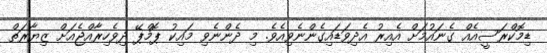
ޑިމޮކްރަސީއެއް ގެނައުމަށް އެއިރު އެދިވަޑައިގެންނެވިއެވެ. މި ދެންނެވި މައިކު ޕޮމްޕޭ ދިވެހިރާއްޖެއަށް ޒިޔާރަތް